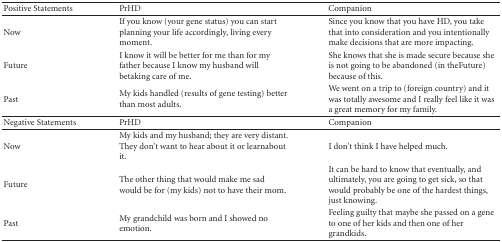
<table><thead><tr><td><b>Positive Statements</b></td><td><b> PrHD</b></td><td><b>Companion</b></td></tr></thead><tbody><tr><td>Now</td><td>If you know (your gene status) you can start planning your life accordingly, living every moment.</td><td>Since you know that you have HD, you take that into consideration and you intentionally make decisions that are more impacting.</td></tr><tr><td>Future</td><td>I know it will be better for me than for my father because I know my husband will betaking care of me.</td><td>She knows that she is made secure because she is not going to be abandoned (in theFuture) because of this.</td></tr><tr><td>Past</td><td>My kids handled (results of gene testing) better than most adults.</td><td>We went on a trip to (foreign country) and it was totally awesome and I really feel like it was a great memory for my family. </td></tr><tr><td>Negative Statements</td><td>PrHD</td><td>Companion</td></tr><tr><td>Now</td><td>My kids and my husband; they are very distant. They don&#x27;t want to hear about it or learnabout it.</td><td>I don&#x27;t think I have helped much.</td></tr><tr><td>Future</td><td>The other thing that would make me sad would be for (my kids) not to have their mom.</td><td>It can be hard to know that eventually, and ultimately, you are going to get sick, so that would probably be one of the hardest things, just knowing.</td></tr><tr><td>Past</td><td>My grandchild was born and I showed no emotion.</td><td>Feeling guilty that maybe she passed on a gene to one of her kids and then one of her grandkids.</td></tr></tbody></table>